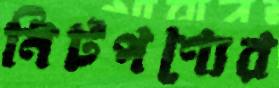
নিটপণ্যের